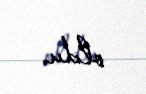
oldu.